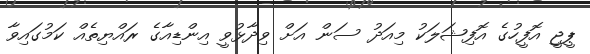
ޕީޖީ އޮފީހުގެ އޮފިޝަލަކު މިއަދު ސަން އަށް ވިދާޅުވީ އިންޑިއާގެ ރައްޔިތެއް ކަމުގައިވާ